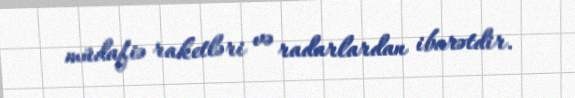
müdafiə raketləri və radarlardan ibarətdir.